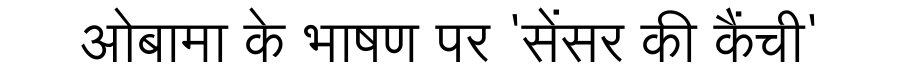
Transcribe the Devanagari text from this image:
ओबामा के भाषण पर 'सेंसर की कैंची'